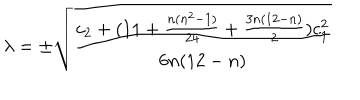
LaTeX: \lambda = \pm \sqrt { \frac { c _ { 2 } + ( 1 1 + \frac { n ( n ^ { 2 } - 1 ) } { 2 4 } + \frac { 3 n ( 1 2 - n ) } { 2 } ) c _ { 1 } ^ { 2 } } { 6 n ( 1 2 - n ) } }